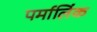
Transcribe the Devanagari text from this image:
पर्मालिंक